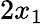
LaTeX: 2x_{1}